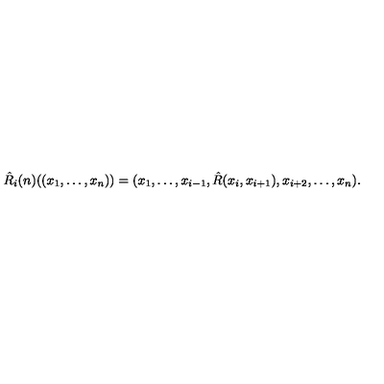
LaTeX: \hat { R } _ { i } ( n ) ( ( x _ { 1 } , \ldots , x _ { n } ) ) = ( x _ { 1 } , \ldots , x _ { i - 1 } , \hat { R } ( x _ { i } , x _ { i + 1 } ) , x _ { i + 2 } , \ldots , x _ { n } ) .